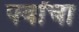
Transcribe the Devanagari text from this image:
पर्वांचा